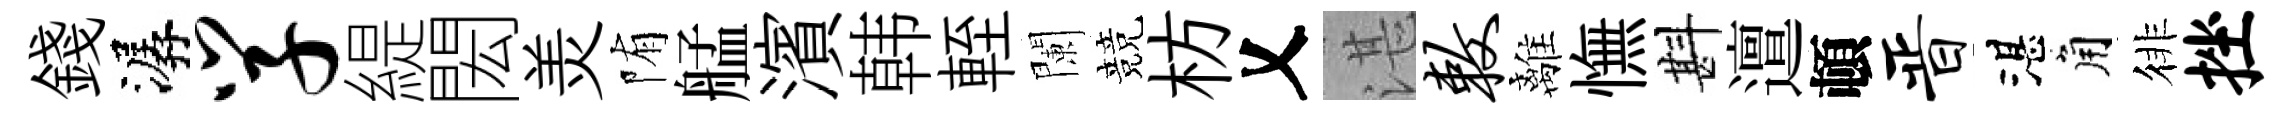
錢潺学緹閎羙陏艋濱韩輊闌競枋乂湛敕離憮斟邅頓晋湛角徘挫